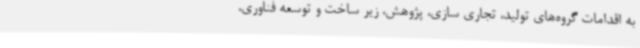
به اقدامات گروه‌های تولید، تجاری سازی، پژوهش، زیر ساخت و توسعه فناوری،